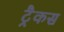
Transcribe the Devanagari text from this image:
ट्रैकस